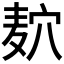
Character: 𱋎